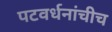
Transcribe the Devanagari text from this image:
पटवर्धनांचीच